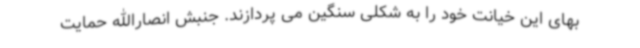
بهای این خیانت خود را به شکلی سنگین می پردازند. جنبش انصارالله حمایت